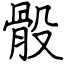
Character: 骰